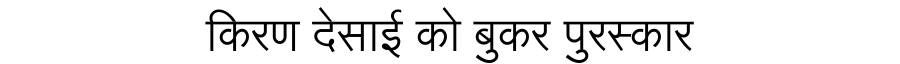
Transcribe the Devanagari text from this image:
किरण देसाई को बुकर पुरस्कार